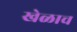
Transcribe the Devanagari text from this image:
खेळाच